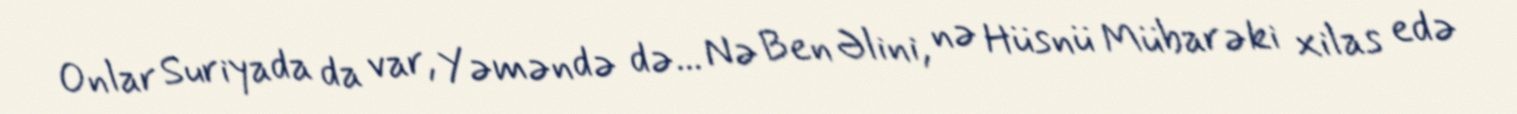
Onlar Suriyada da var, Yəməndə də... Nə Ben Əlini, nə Hüsnü Mübarəki xilas edə